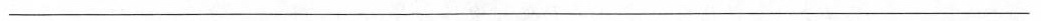
___